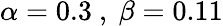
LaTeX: \alpha=0.3\mathrm{~,~}\beta=0.11